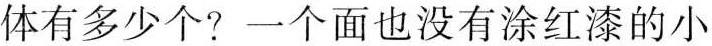
方体有多少个?一个面也没有涂红漆的小